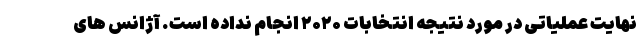
نهایت عملیاتی در مورد نتیجه انتخابات ۲۰۲۰ انجام نداده است. آژانس های